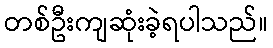
တစ်ဦးကျဆုံးခဲ့ရပါသည်။